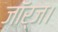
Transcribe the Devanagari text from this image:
जॉर्ज।